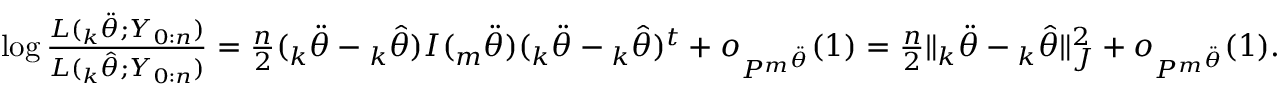
\begin{array} { r } { \log \frac { L ( { _ k \ddot { \theta } } ; Y _ { 0 : n } ) } { L ( { _ k \hat { \theta } } ; Y _ { 0 : n } ) } = \frac { n } { 2 } ( { _ k \ddot { \theta } } - { _ k \hat { \theta } } ) I ( { _ m \ddot { \theta } } ) ( { _ k \ddot { \theta } } - { _ k \hat { \theta } } ) ^ { t } + o _ { P ^ { _ m \ddot { \theta } } } ( 1 ) = \frac { n } { 2 } \| { _ k \ddot { \theta } } - { _ k \hat { \theta } } \| _ { J } ^ { 2 } + o _ { P ^ { _ m \ddot { \theta } } } ( 1 ) . } \end{array}